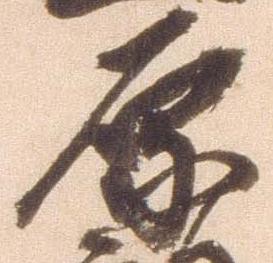
原